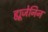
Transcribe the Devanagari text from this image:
ह्यूजेनिन